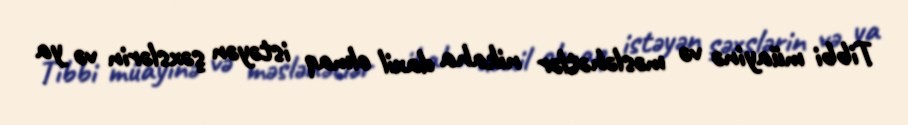
Tibbi müayinə və məsləhətlər nikaha daxil olmaq istəyən şəxslərin və ya